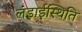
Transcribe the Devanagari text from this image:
लड़ाईस्थिति